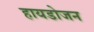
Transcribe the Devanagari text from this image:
हायडोजन